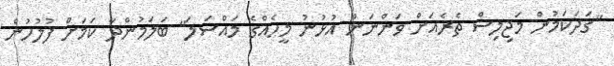
"ގަދަކަމުން މަޖިލިސް ތެރެއަށް ވަންނަން އުޅުނު މީހެއްގެ މައްސަލަ" ބަލަމުންދާ ކަމަށް ފުލުހުން